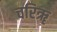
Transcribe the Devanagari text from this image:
चरिॠ